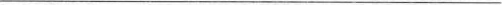
___